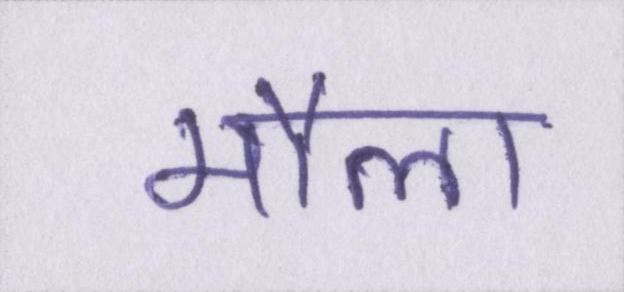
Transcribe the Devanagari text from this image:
मौला